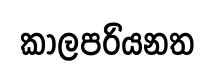
කාලපරියනත